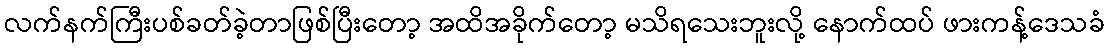
လက်နက်ကြီးပစ်ခတ်ခဲ့တာဖြစ်ပြီးတော့ အထိအခိုက်တော့ မသိရသေးဘူးလို့ နောက်ထပ် ဖားကန့်ဒေသခံ